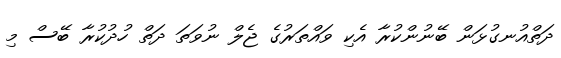
ދަތްއުނގުޅަން ބޭނުންކުރާ އެކި ވައްތަރުގެ ޖެލް ނުވަތަ ދަތް ހުދުކުރާ ބޭސް މި